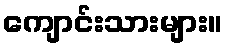
ကျောင်းသားများ။